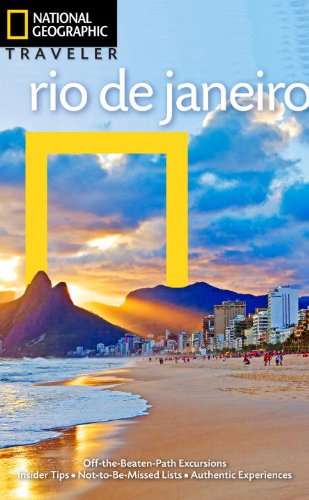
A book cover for National Geographic Traveler: Rio de Janeiro; Michael Sommers; Travel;